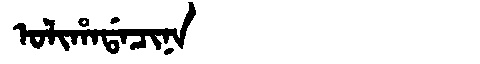
Manchu: ᠣᠯᡳᡥᠠᡩᠠᠴᡳᠨᠠ
Romanization: OLIHADACINA